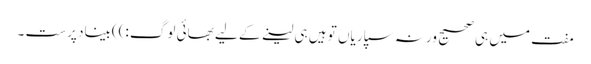
مفت میں ہی صحیح ورنہ سپاریاں تو ہیں ہی لینے کے لیے بھائی لوگ :))بیناد پرست ۔